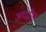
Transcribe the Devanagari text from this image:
अघटीत